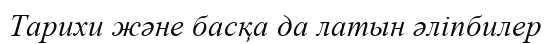
Тарихи және басқа да латын әліпбилер